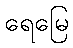
ရေမြေ